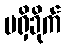
မရှိခိုက်